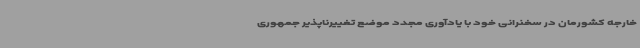
خارجه کشورمان در سخنرانی خود با یادآوری مجدد موضع تغییرناپذیر جمهوری